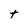
Character: t